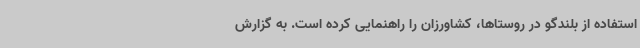
استفاده از بلندگو در روستاها، کشاورزان را راهنمایی کرده است. به گزارش